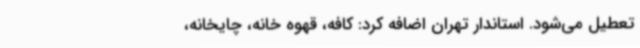
تعطیل می‌شود. استاندار تهران اضافه کرد: کافه، قهوه خانه، چایخانه،